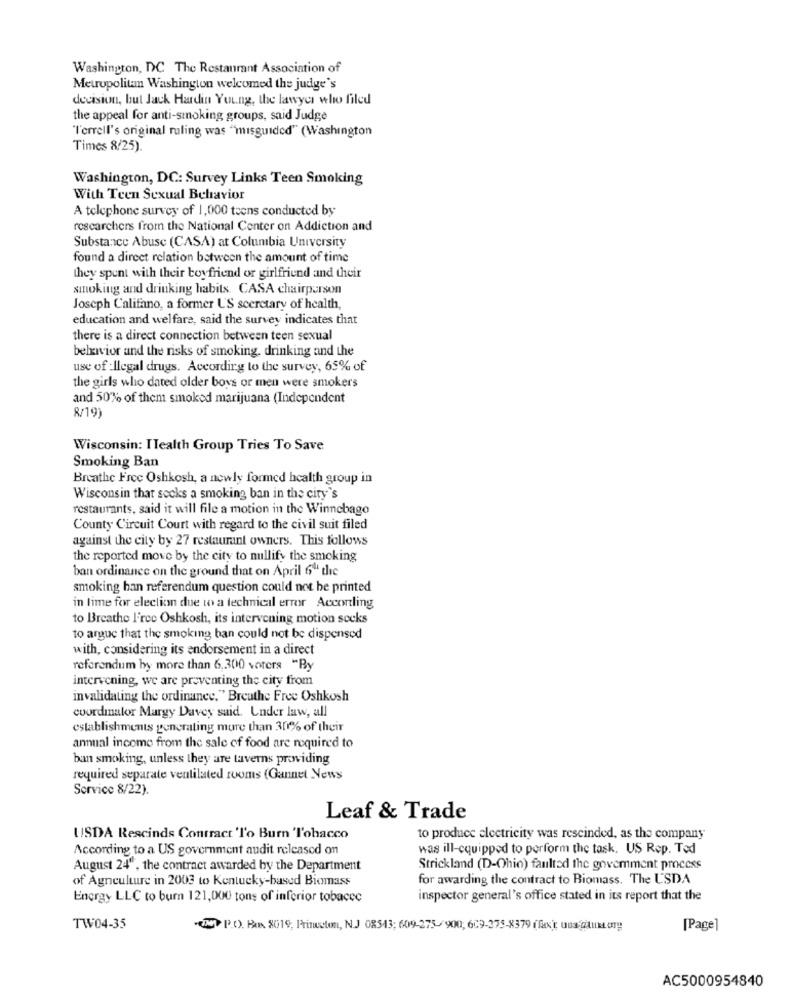
Washington, DC The Restaurant Association of
Metropolitan Washington welcomed the judge's
decision, but Jack Hardin Young, the lawyer who filed
the appeal for anti-smoking groups, said Judge
"l'errell's original ruling was "misguided" (Washington
Times 8/25).
Washington, DC: Survey Links Teen Smoking
With Teen Sexual Behavior
A telephone survey of 1,000 teens conducted by
researchers from the National Center on Addiction and
Substance Abuse (CASA) at Columbia University
found a direct relation between the amount of time
they spent with their boyfriend or girlfriend and their
smoking and drinking habits. CASA chairperson
Joseph Califano, a former U'S sceretary of health,
education and welfare, said the survey indicates that
there is a direct connection between teen sexual
behavior and the risks of smoking. drinking and the
use of :Ilegal drugs. According to the survey, 65% of
the girls who dated older boys or men were smokers
and 50% of them smoked marijuana (Independent
8/19)
Wisconsin: ITealth Group Tries To Save
Smoking Ban
Breathe Free Oshkosh, a newly formed health group in
Wisconsin that socks a smoking ban in the city's
restaurants, said it will file a motion in the Winnebago
County Circuit Court with regard to the civil suit filed
against the city by 27 restaurant owners. This follows
the reported move by the city to nullify the smoking
ban ordinance on the ground that on April 6" the
smoking han referendum question could not be printed
in lime for election due to a technical error Accorling
to Breathe l'ree Oshkosh, its intervening motion socks
to argue that the smoking ban could not be dispensed
with, considering its endorsement in a direct
referendum by more than 6,300 voters "By
intervening, we are preventing the city from
invalidating the ordinance." Breathe Free Oshkosh
coordinator Margy Davey said. Under law, all
establishments generating more than 30% of their
annual income from the sale of food are required to
ban smoking, unless they are taverns providing
required separate ventilated rooms (Gannet News
Sorvice 8/22).
Leaf & Trade
USDA Rescinds Contract 'To Burn 'Tobacco
to produce electricity was rescinded, as the company
According to a US government audit released on
was ill-cquipped to perform the task. US Rep. Ted
August 24", the contract awarded by the Department
Strickland (D-Ohio) faulted the government process
of Agnculture in 2003 to Kentucky-based Biomass
for awarding the contract to Biomass. The USDA
Energy LLC to burn 121,000 tons of inferior tobacco
inspector general's office stated in its report that the
TW04-35
(W> P.O. Box 8019, Princeton, N.J 08543; 609-275- 900; 609-375-8379 (fx uus @tuxtory
[Page]
AC5000954840